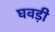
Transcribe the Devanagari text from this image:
घवड़ी